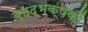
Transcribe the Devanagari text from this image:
बृहद्भक्षकों